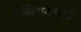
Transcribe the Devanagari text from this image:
बलिदानासाठी